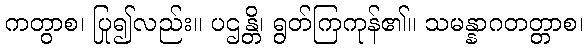
ကတွာစ၊ ပြု၍လည်း။ ပဌန္တိ၊ ရွတ်ကြကုန်၏။ သမန္နာဂတတ္တာစ၊